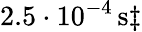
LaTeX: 2.5\cdot 10^{-4}\, \mathrm{s}\ddagger